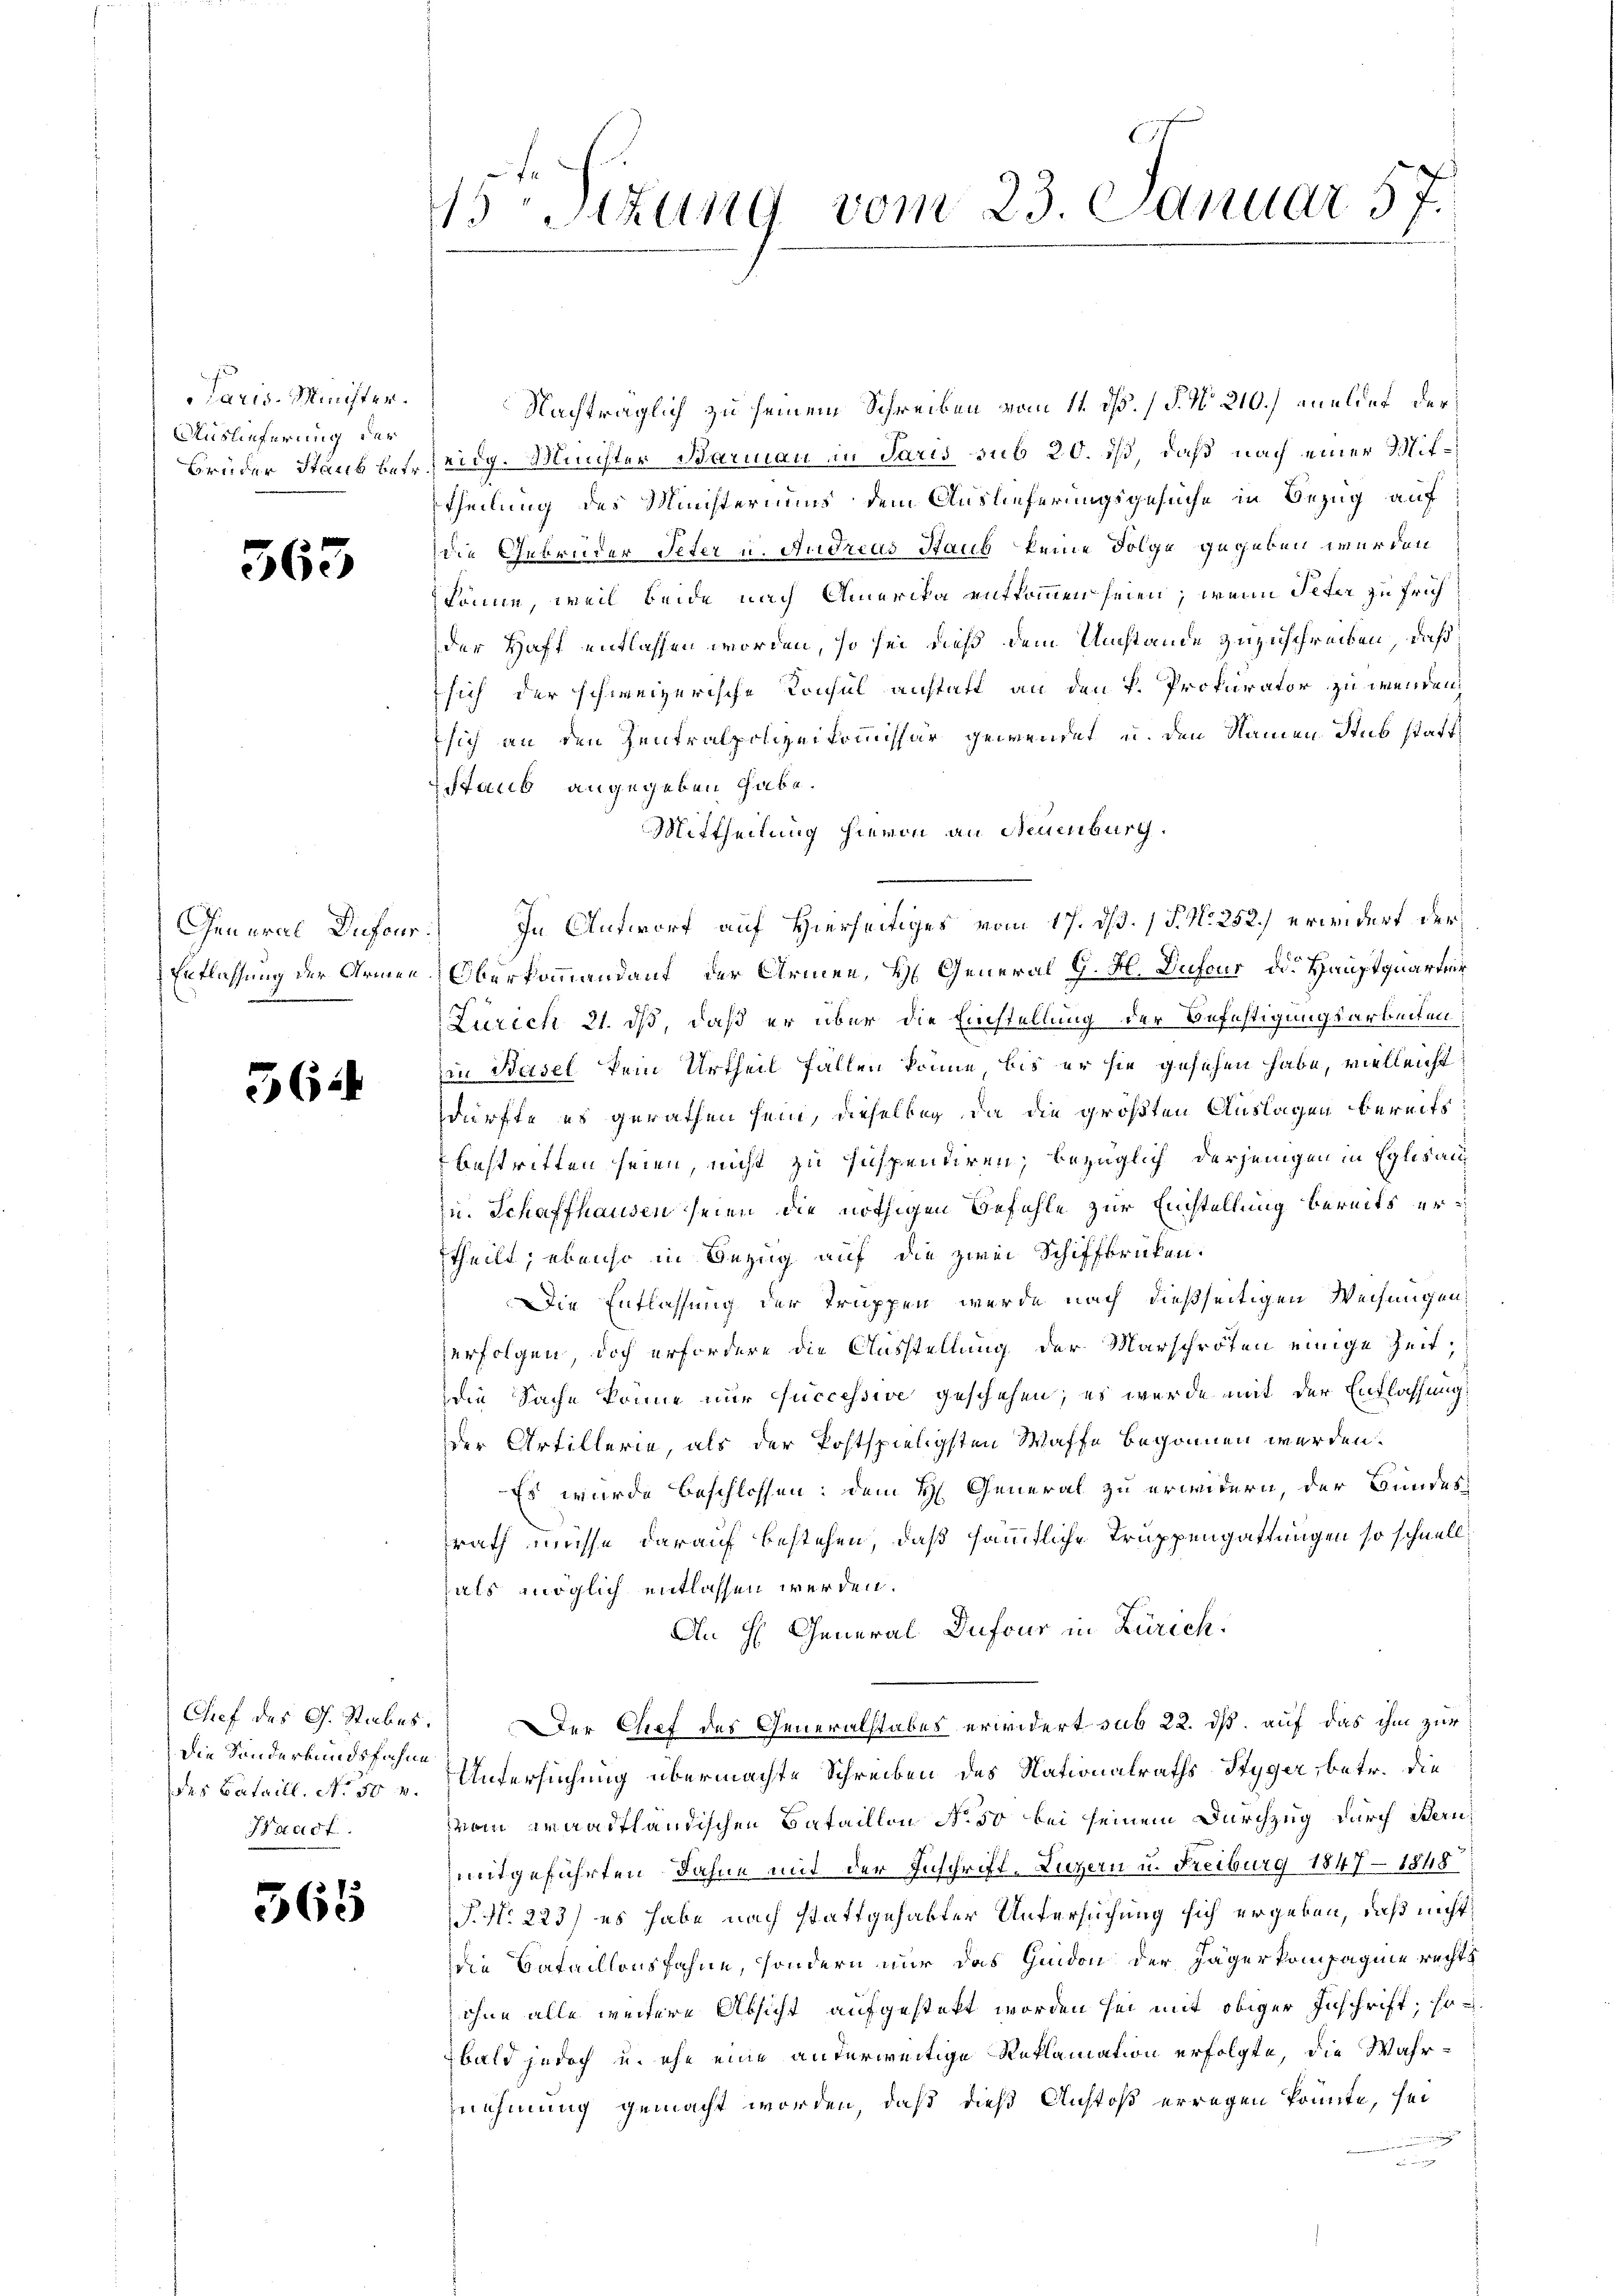
Paris-Minister.
Auslieferung der

363

362

Die Sanderbundsfahne
Waadt

565

45r Situng vom 23. Januar 57.

Nachträglich zu seinem Schreiben vom 11. ds. (§. No. 210.) anuldet der
Brüder Staub betreidg. Minister Barmann in Paris sub 20. ist, daß nach einer Mittheilung des Ministeriums dem Auslieferungsgesuche in Bezug auf
die Gebrüder Peter u. Andreas Staub keine Folge gegeben werden
könne, weil beide nach Amerika entkommen seien, wenn Peter zu früh
der Haft entlassen worden, so sei dieß dem Umstände zuzuschreiben, daß
sich der schweizerische Konsul anstaft an den k. Prokurator zu wenden,
sich an den Zentralpolizeikommissär gewendet u. den Namen Stub statt¬
Staub angegeben habe.
Mittheilung hievon an Neuenburg.
General Dufour) In Antwort auf Hierseitiges vom 17. dß. P. Nr. 252.) erwidert der
Entlassung der Armee-Oberkommendant der Armen, H. General G. H. Dufour od. Hauptquartir
Zürich 21. ds, daß er über die Einstellung der Befestigungsarbeiten
in Basel kein Urtheil fällen könne, bis er sie gesehen habe, vielleicht
dürfte es gerathen sein, dieselbig, da die größten Auslagen bereits
bestritten seien, nicht zu suspendiren, bezüglich derjenigen in Eglisau
zu. Schaffhausen seien die nöthigen Befehle zur Einstellung bereits ertheilt; ebenso in Bezug auf die zwei Schiffbrüken.
Die Entlassung der Truppen werde nach dießseitigen Weisungen
erfolgen, doch erfordere die Ausstellung der Marschröten einige Zeitdie Sache könne nur successive geschehen; es wurde mit der Entlassung:
der Artillerie, als der Postspieligsten Waffe begonnen werden.
Es wurde beschlossen: dem H. General zu erwidern, der Bundes
srath müsse darauf bestehen, daß sämmtliche Truppengattungen so schnell
hals möglich entlassen werden.
An H. General Dufour in Zürich.
Chef des G. Stabes. Der Chef des Generalstabes erwidert sub 22. dß. auf das ihm zur
des Bataill. No 50 v. Untersuchung übermachte Schreiben des Nationalraths- Styger, betr. die
vom Waadtländischen Bataillon No 50 bei seinem Durchzug durch Bern,
mitgeführten Fahne mit der Inschrift, Luzern u. Freiburg 1847 - 1848
P. Nr. 223) es habe nach stattgehabter Untersuchung sich ergeben, daß nicht
die Bataillonsfahne, sondern nur das Gidon der Jägerkompagnie rechts
ohne alle weitere Absicht aufgestekt worden sei mit obiger Inschrift, so
bald jedoch u. ehe eine anderweitige Reklamation erfolgte, die Wahrnehmung gemacht worden, daß dieß Anstoß erregen könnte, sei